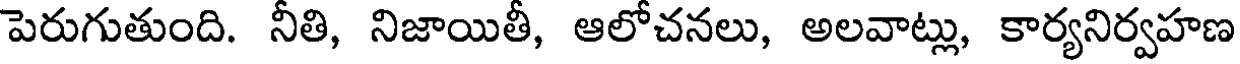
పెరుగుతుంది. నీతి, నిజాయితీ, ఆలోచనలు, అలవాట్లు, కార్యనిర్వహణ